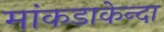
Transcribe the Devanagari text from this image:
मांकडाकेन्दा